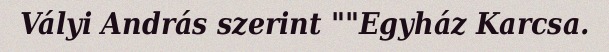
Vályi András szerint ""Egyház Karcsa.